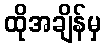
ထိုအချိန်မှ